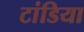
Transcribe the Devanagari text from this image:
टांडिया